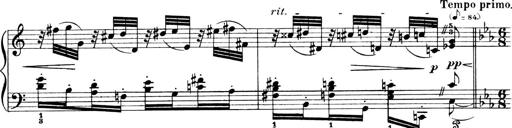
Title: 4 Sonatines
Composer: Max Reger